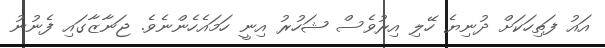
އައު ފަތިހަކަށް ދުނިޔެ ހޭލި އިރުވެސް ޝަހުރު އިނީ ހަމައެހެންނެވެ. ޖަނާޒާގައި ފެނުނު